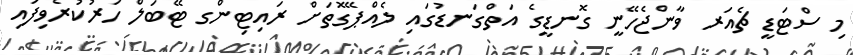
މި ސްޓަޑީ ޗެއަރ ވާންޖެހޭނީ ގޮނޑީގެ އަތްގަނޑުގައި ލެއްޕޭގޮތަށް ރައިޓިންގ ޓޭބަލް ހަރުކުރެވިފައި